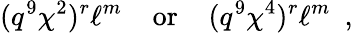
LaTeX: (q^{9}\chi^{2})^{r}\ell^{m}\, \, \, \, \, \mathrm{~or~}\, \, \, \, \, (q^{9}\chi^{4})^{r}\ell^{m}\, \, \, ,